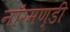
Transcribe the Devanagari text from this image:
नॉरमण्डी